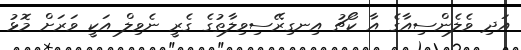
އަދި ވެލެންސިއާގެ އާ ކޯޗު އިނގިރޭސިވިލާތުގެ ގެރީ ނެވިލް އަކީ ވަރަށް މޮޅު